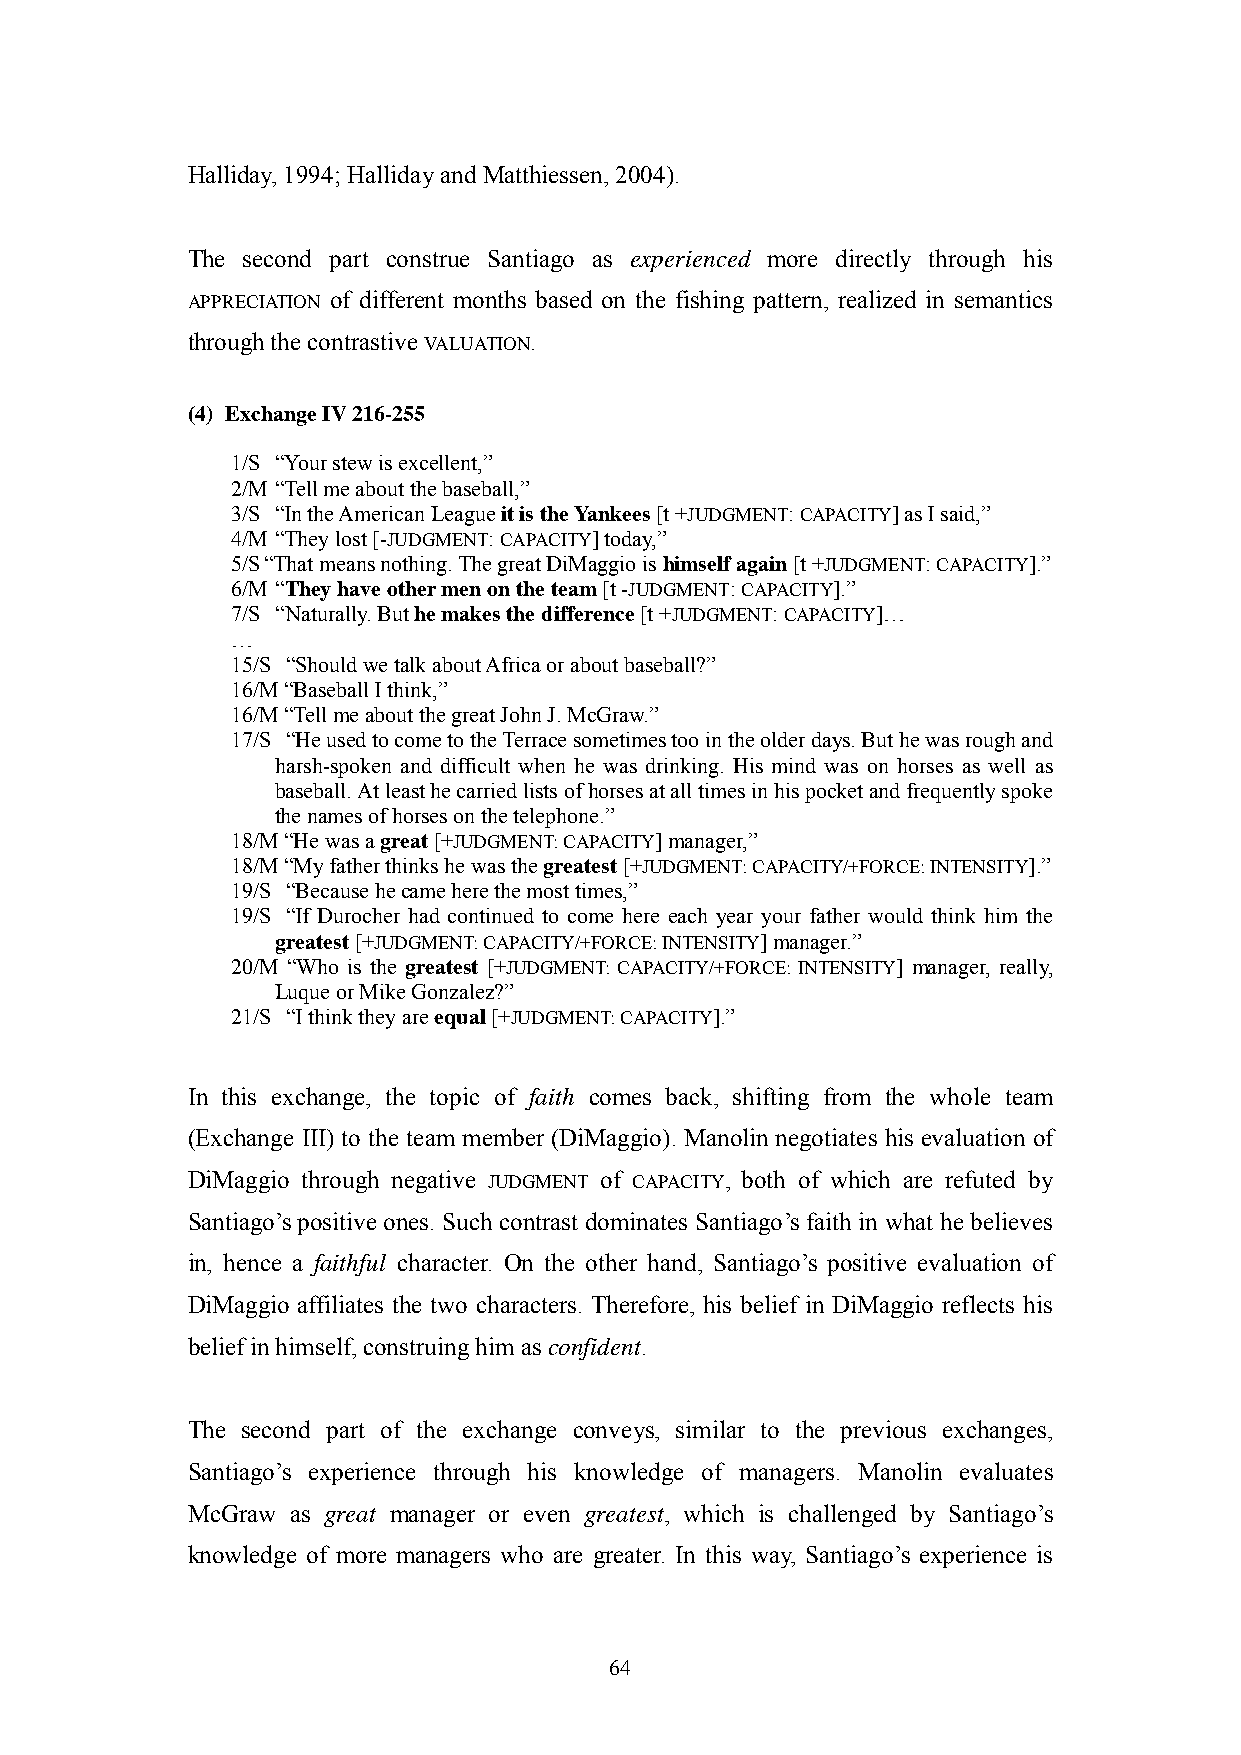
Halliday, 1994; Halliday and Matthiessen, 2004).
 The second part construe Santiago as experienced more directly through his
 APPRECIATION of different months based on the fishing pattern, realized in semantics
 through the contrastive VALUATION.
 (4) Exchange IV 216-255
 1/S ―Your stew is excellent,‖
 2/M ―Tell me about the baseball,‖
 3/S ―In the American League it is the Yankees [t +JUDGMENT: CAPACITY] as I said,‖
 4/M ―They lost [-JUDGMENT: CAPACITY] today,‖
 5/S ―That means nothing. The great DiMaggio is himself again [t +JUDGMENT: CAPACITY].‖
 6/M ―They have other men on the team [t -JUDGMENT: CAPACITY].‖
 7/S ―Naturally. But he makes the difference [t +JUDGMENT: CAPACITY]…
 …
 15/S ―Should we talk about Africa or about baseball?‖
 16/M ―Baseball I think,‖
 16/M ―Tell me about the great John J. McGraw.‖
 17/S ―He used to come to the Terrace sometimes too in the older days. But he was rough and
 harsh-spoken and difficult when he was drinking. His mind was on horses as well as
 baseball. At least he carried lists of horses at all times in his pocket and frequently spoke
 the names of horses on the telephone.‖
 18/M ―He was a great [+JUDGMENT: CAPACITY] manager,‖
 18/M ―My father thinks he was the greatest [+JUDGMENT: CAPACITY/+FORCE: INTENSITY].‖
 19/S ―Because he came here the most times,‖
 19/S ―If Durocher had continued to come here each year your father would think him the
 greatest [+JUDGMENT: CAPACITY/+FORCE: INTENSITY] manager.‖
 20/M ―Who is the greatest [+JUDGMENT: CAPACITY/+FORCE: INTENSITY] manager, really,
 Luque or Mike Gonzalez?‖
 21/S ―I think they are equal [+JUDGMENT: CAPACITY].‖
 In this exchange, the topic of faith comes back, shifting from the whole team
 (Exchange III) to the team member (DiMaggio). Manolin negotiates his evaluation of
 DiMaggio through negative JUDGMENT of CAPACITY, both of which are refuted by
 Santiago‘s positive ones. Such contrast dominates Santiago‘s faith in what he believes
 in, hence a faithful character. On the other hand, Santiago‘s positive evaluation of
 DiMaggio affiliates the two characters. Therefore, his belief in DiMaggio reflects his
 belief in himself, construing him as confident.
 The second part of the exchange conveys, similar to the previous exchanges,
 Santiago‘s experience through his knowledge of managers. Manolin evaluates
 McGraw as great manager or even greatest, which is challenged by Santiago‘s
 knowledge of more managers who are greater. In this way, Santiago‘s experience is
 64